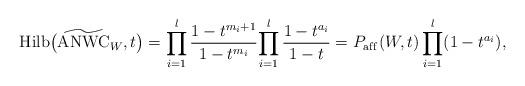
LaTeX: \begin{gather*}{\rm Hilb}\big(\widetilde {\rm ANWC}_{W},t\big)=\prod_{i=1}^{l}{{1-t^{m_{i}+1} \over 1-t^{m_i}}} {\prod_{i=1}^{l} {1-t^{a_i} \over1-t }}=P_{\rm af\/f}(W,t) \prod_{i=1}^{l} (1-t^{a_i}),\end{gather*}